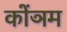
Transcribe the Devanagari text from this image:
कोंञम